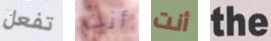
تفعل أنت أنت the